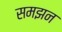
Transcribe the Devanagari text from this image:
समझन